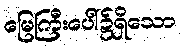
မြေကြီးပေါ်၌ရှိသော